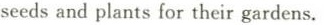
seeds and plants for their gardens.